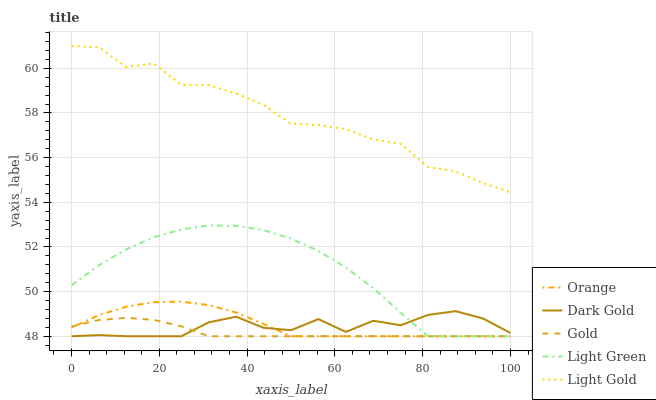
| xaxis_label | Orange | Dark Gold | Gold | Light Green | Light Gold |
 | --- | --- | --- | --- | --- | --- |
 | 0 | 48.4 | 48 | 48.4 | 50.3 | 61 |
 | 6.25 | 48.9 | 48.1 | 48.7 | 51.2 | 60.9 |
 | 12.5 | 49.3 | 48 | 48.8 | 51.9 | 60.1 |
 | 18.8 | 49.5 | 48 | 48.7 | 52.4 | 60.2 |
 | 25 | 49.6 | 48 | 48.4 | 52.8 | 59.3 |
 | 31.2 | 49.4 | 48.6 | 48 | 53 | 59.2 |
 | 37.5 | 49.1 | 48.9 | 48 | 52.9 | 58.9 |
 | 43.8 | 48.6 | 48.4 | 48 | 52.8 | 58.4 |
 | 50 | 48 | 48.3 | 48 | 52.4 | 57.5 |
 | 56.2 | 48 | 48.8 | 48 | 51.8 | 57.5 |
 | 62.5 | 48 | 48.2 | 48 | 51.1 | 57.3 |
 | 68.8 | 48 | 48.7 | 48 | 50.2 | 56.8 |
 | 75 | 48 | 48.5 | 48 | 49 | 56.6 |
 | 81.2 | 48 | 49 | 48 | 48 | 55.6 |
 | 87.5 | 48 | 49.1 | 48 | 48 | 55.4 |
 | 93.8 | 48 | 48.8 | 48 | 48 | 54.9 |
 | 100 | 48 | 48.1 | 48 | 48 | 54.4 |